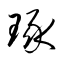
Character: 琢